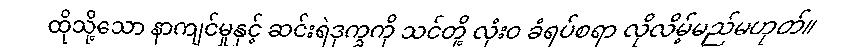
ထိုသို့သော နာကျင်မှုနှင့် ဆင်းရဲဒုက္ခကို သင်တို့ လုံးဝ ခံရပ်စရာ လိုလိမ့်မည်မဟုတ်။